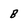
Character: B